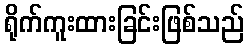
ရိုက်ကူးထားခြင်းဖြစ်သည်